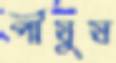
পীযুষ